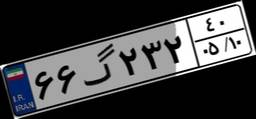
۶۶گ۲۳۲۴۰